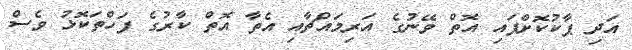
އަދި ޕާކުކޮށްފައި އޮތް ވޭނުގެ އަރިމައްޗާއި އެތާ އޮތް ކާރުގެ ފަހްތަކޮޅު ވެސް